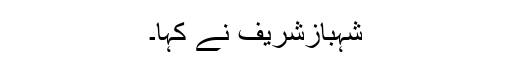
شہبازشریف نے کہا۔